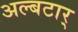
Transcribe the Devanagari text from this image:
अल्बटार्